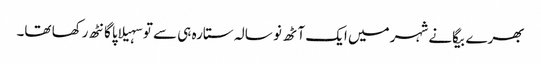
بھرے بیگانے شہر میں ایک آٹھ نو سالہ ستارہ ہی سے تو سہیلاپا گانٹھ رکھا تھا۔